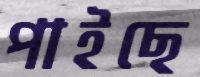
পাইছে